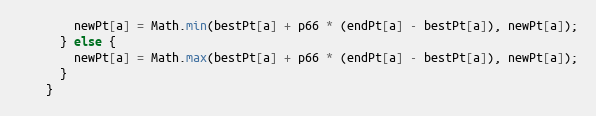
Language: Java
        newPt[a] = Math.min(bestPt[a] + p66 * (endPt[a] - bestPt[a]), newPt[a]);
      } else {
        newPt[a] = Math.max(bestPt[a] + p66 * (endPt[a] - bestPt[a]), newPt[a]);
      }
    }